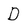
Character: D